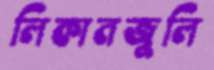
লিকানজুলি